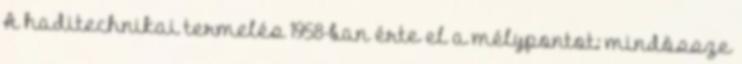
A haditechnikai termelés 1958-ban érte el a mélypontot: mindössze